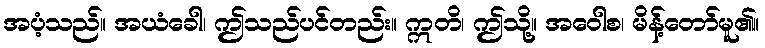
အပံ့သည်။ အယံခေါ၊ ဤသည်ပင်တည်း။ ဣတိ၊ ဤသို့။ အဝေါစ၊ မိန့်တော်မူ၏။